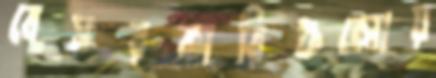
বেসরকারিগুলোয়